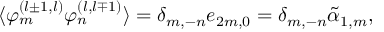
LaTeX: \langle \varphi _ { m } ^ { ( l \pm 1 , l ) } \varphi _ { n } ^ { ( l , l \mp 1 ) } \rangle = \delta _ { m , - n } e _ { 2 m , 0 } = \delta _ { m , - n } \widetilde { \alpha } _ { 1 , m } ,